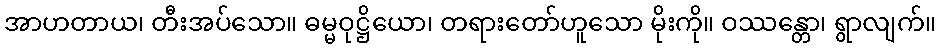
အာဟတာယ၊ တီးအပ်သော။ ဓမ္မဝုဋ္ဌိယော၊ တရားတော်ဟူသော မိုးကို။ ဝဿန္တော၊ ရွာလျက်။